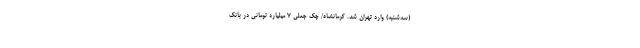
(سه‌شنبه) وارد تهران شد. کرمانشاه/ چک جعلی ۷ میلیارد تومانی در بانک